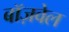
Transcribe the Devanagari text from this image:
बॉज़वेल